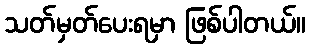
သတ်မှတ်ပေးရမှာ ဖြစ်ပါတယ်။